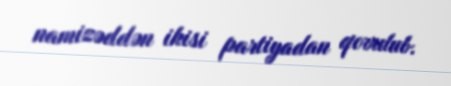
namizəddən ikisi partiyadan qovulub.